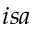
i s a